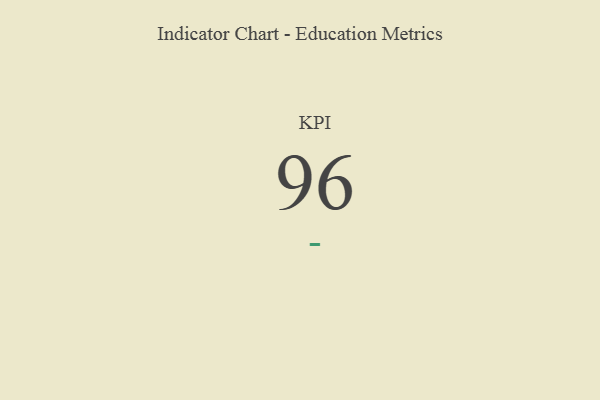
{"axis": {"x": "KPI", "y": "Value"}, "legend": [""], "data": [{"x": "KPI", "y": 96, "type": ""}]}